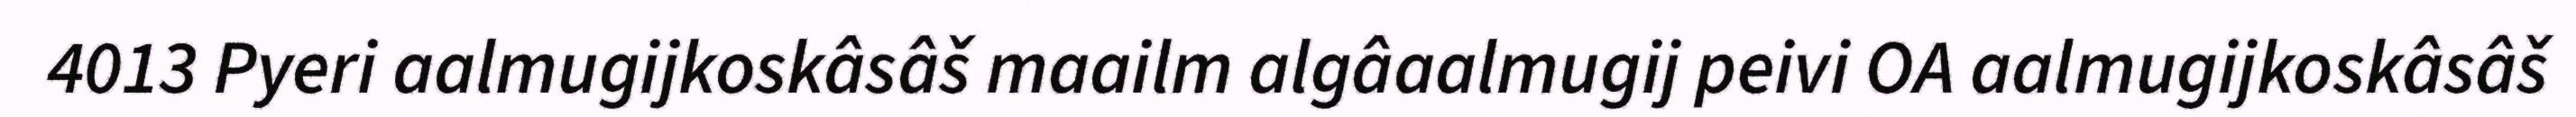
4013 Pyeri aalmugijkoskâsâš maailm algâaalmugij peivi OA aalmugijkoskâsâš